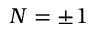
N = \pm 1